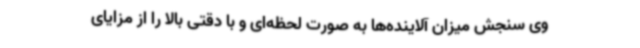
وی سنجش میزان آلاینده‌ها به صورت لحظه‌ای و با دقتی بالا را از مزایای